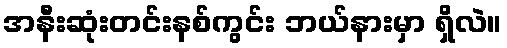
အနီးဆုံးတင်းနစ်ကွင်း ဘယ်နားမှာ ရှိလဲ။